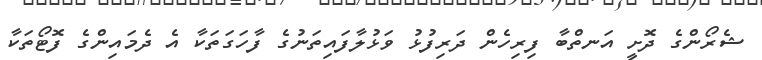
ޝެރޯންގެ ދޮށީ އަނތްބާ ފިރިހެން ދަރިފުޅު ވަޅުލާފައިތަނުގެ ފާހަގަތަކާ އެ ދެމައިންގެ ފޮޓޯތަކާ